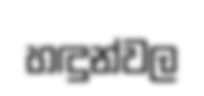
හඳුන්වල